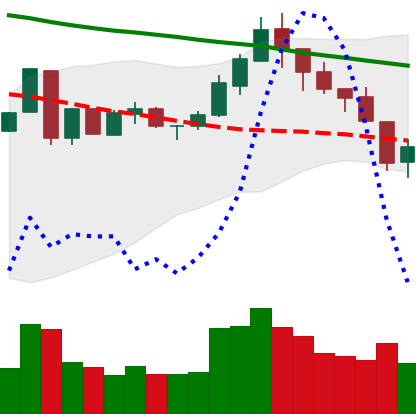
Ticker: LTC-USD
Chart end date: 2018-05-12
Forward return: -6.42%
Label: down_5_7